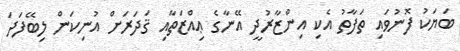
ބަޔަކު ފޮނުވައި ތަފާތު އެކި އިންޒާރުދީ އޭނާގެ ޢިއްޒަތާއި ޤަދަރަށް އުނިކަން ލިބޭފަދަ